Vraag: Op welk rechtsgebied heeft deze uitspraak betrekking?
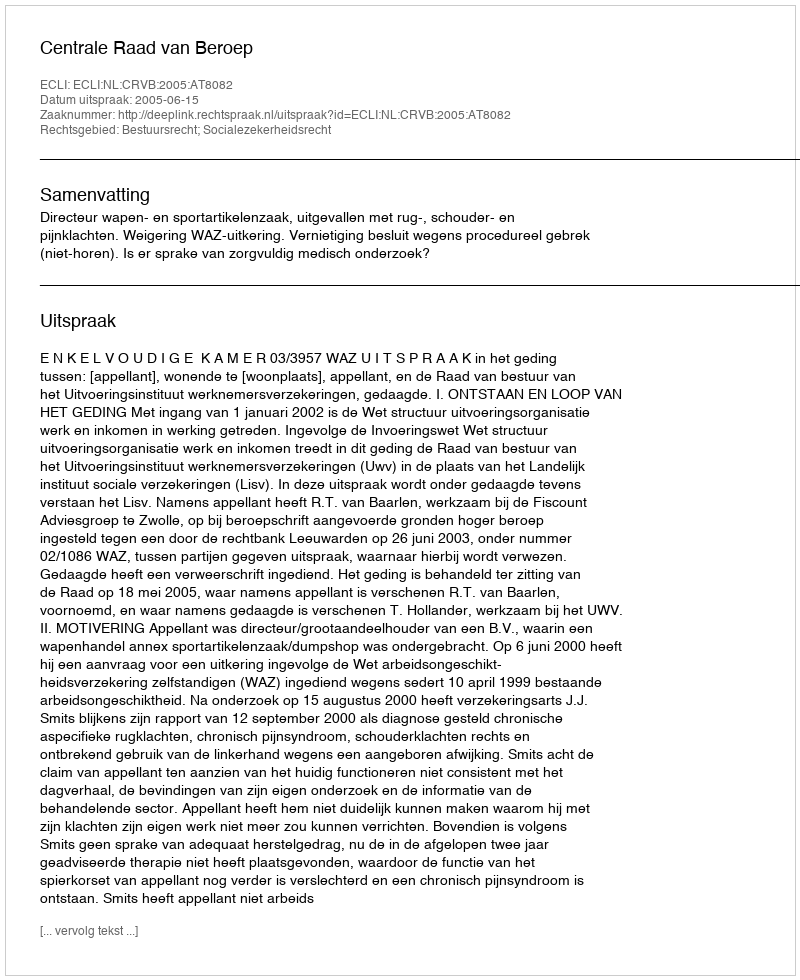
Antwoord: Bestuursrecht; Socialezekerheidsrecht